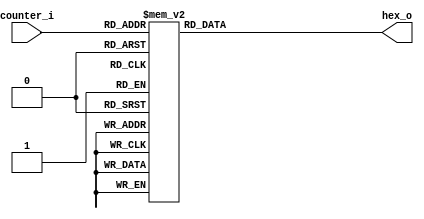
`timescale 1ns / 1ps
//////////////////////////////////////////////////////////////////////////////////
// Company: 
// Engineer: 
// 
// Design Name: 
// Module Name: decoder
// Project Name: 
// Target Devices: 
// Tool Versions: 
// Description: 
// 
// Dependencies: 
// 
// Revision:
// Revision 0.01 - File Created
// Additional Comments:
// 
//////////////////////////////////////////////////////////////////////////////////


module decoder(
  input  [3:0] counter_i,
  output [6:0] hex_o
);


reg [6:0] decoder;
always @( * ) begin
  case ( counter_i )      
    4'd0    : decoder = 7'b100_0000;
    4'd1    : decoder = 7'b111_1001;
    4'd2    : decoder = 7'b010_0100;
    4'd3    : decoder = 7'b011_0000;
    4'd4    : decoder = 7'b001_1001;
    4'd5    : decoder = 7'b001_0010;
    4'd6    : decoder = 7'b000_0010;
    4'd7    : decoder = 7'b111_1000;
    4'd8    : decoder = 7'b000_0000;
    4'd9    : decoder = 7'b001_0000;
    default : decoder = 7'b000_0000;
  endcase
end
assign hex_o = decoder;


endmodule